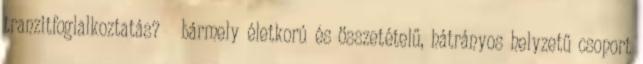
tranzitfoglalkoztatás?  bármely életkorú és összetételű, hátrányos helyzetű csoport